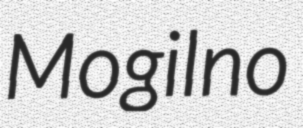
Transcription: Mogilno